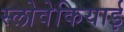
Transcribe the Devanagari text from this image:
स्लोवेकियाई